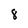
Character: 8